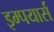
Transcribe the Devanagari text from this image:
इम्पयार्स